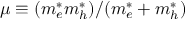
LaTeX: \mu \equiv ( m _ { e } ^ { * } m _ { h } ^ { * } ) / ( m _ { e } ^ { * } + m _ { h } ^ { * } )